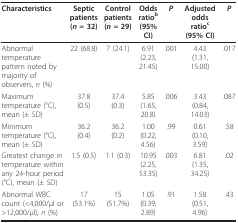
<table><thead><tr><td><b>Characteristics</b></td><td><b>Septic patients(<i>n </i>= 32)</b></td><td><b>Control patients(<i>n </i>= 29)</b></td><td><b>Odds ratio<sup>b</sup>(95% CI)</b></td><td><b><i>P</i></b></td><td><b>Adjusted odds ratio<sup>c</sup>(95% CI)</b></td><td><b><i>P</i></b></td></tr></thead><tbody><tr><td>Abnormal temperature pattern noted by majority of observers, <i>n </i>(%)</td><td>22 (68.8)</td><td>7 (24.1)</td><td>6.91(2.23, 21.45)</td><td>.001</td><td>4.43(1.31, 15.00)</td><td>.017</td></tr><tr><td>Maximum temperature (°C), mean (± SD)</td><td>37.8 (0.5)</td><td>37.4 (0.3)</td><td>5.85(1.65, 20.8)</td><td>.006</td><td>3.43(0.84, 14.03)</td><td>.087</td></tr><tr><td>Minimum temperature (°C), mean (± SD)</td><td>36.2 (0.4)</td><td>36.2 (0.2)</td><td>1.00(0.22, 4.56)</td><td>.99</td><td>0.61(0.10, 3.59)</td><td>.58</td></tr><tr><td>Greatest change in temperature within any 24-hour period (°C), mean (± SD)</td><td>1.5 (0.5)</td><td>1.1 (0.3)</td><td>10.95(2.25, 53.35)</td><td>.003</td><td>6.81(1.35, 34.25)</td><td>.02</td></tr><tr><td>Abnormal WBC count (&lt;4,000/μl or &gt;12,000/μl), <i>n </i>(%)</td><td>17 (53.1%)</td><td>15 (51.7%)</td><td>1.05(0.39, 2.89)</td><td>.91</td><td>1.58(0.51, 4.96)</td><td>.43</td></tr></tbody></table>